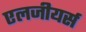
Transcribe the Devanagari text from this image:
एलजीयर्स